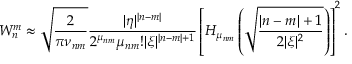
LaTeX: W _ { n } ^ { m } \approx \sqrt { \frac 2 { \pi \nu _ { n m } } } \frac { | \eta | ^ { | n - m | } } { 2 ^ { \mu _ { n m } } \mu _ { n m } ! | \xi | ^ { | n - m | + 1 } } \left[ H _ { \mu _ { n m } } \left( \sqrt { \frac { | n - m | + 1 } { 2 | \xi | ^ { 2 } } } \right) \right] ^ { 2 } .